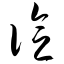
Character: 谂